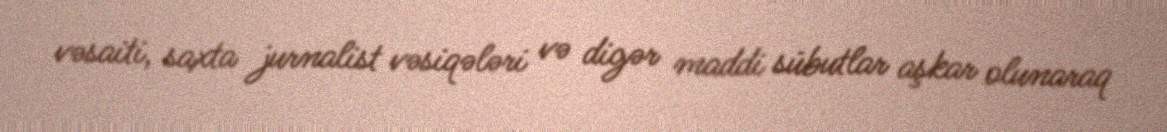
vəsaiti, saxta jurnalist vəsiqələri və digər maddi sübutlar aşkar olunaraq